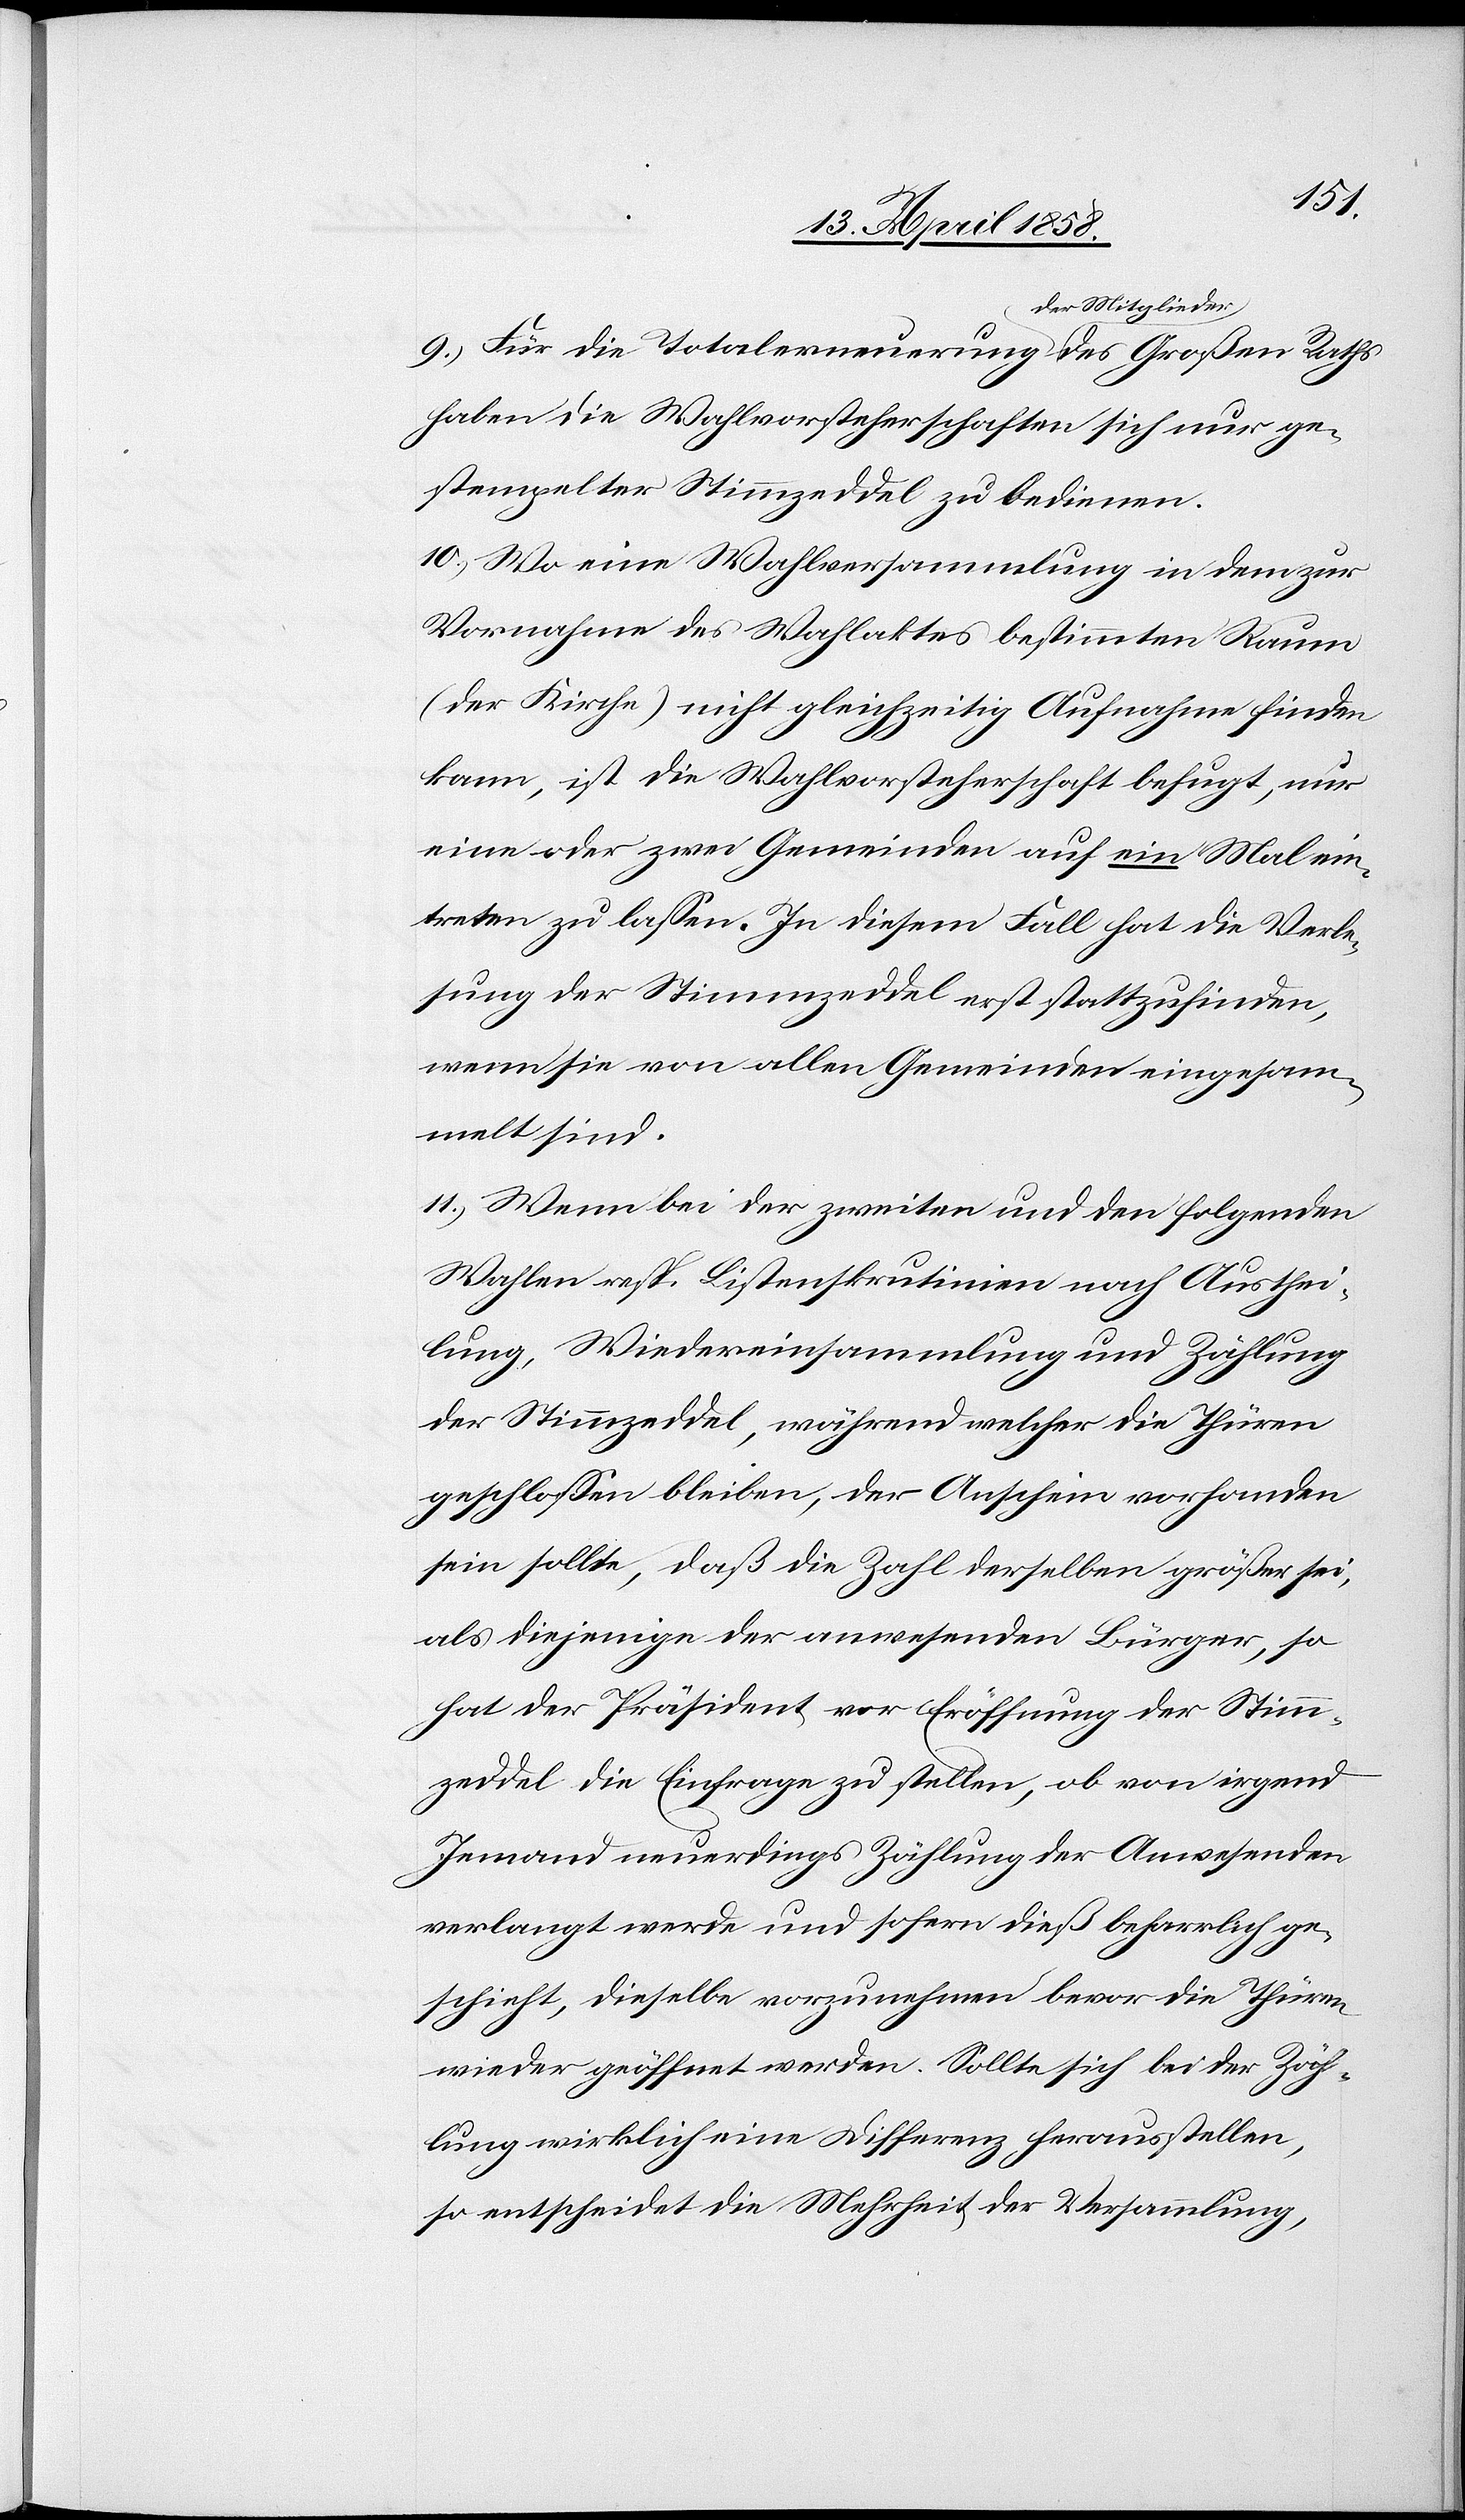
9. Für die Totalerneuerung der Mitglieder des
haben die Wahlvorsteherschaften sich nur ge¬
stempelter Stimmzeddel zu bedienen.
10. Wo eine Wahlversammlung in dem zur
Vornahme des Wahlaktes bestimmten Raum
(der Kirche) nicht gleichzeitig Aufnahme finden
kann, ist die Wahlvorsteherschaft befugt, nur
eine oder zwei Gemeinden auf ein Mal ein¬
treten zu lassen. In diesem Fall hat die Verle¬
sung der Stimmzeddel erst stattzufinden,
wenn sie von allen Gemeinden eingesam¬
melt sind.
11. Wenn bei der zweiten und den folgenden
Wahlen resp. Listenskrutinien nach Austhei¬
lung, Wiedereinsammlung und Zählung
der Stimmzeddel, während welcher die Thüren
geschlossen bleiben, der Anschein vorhanden
sein sollte, daß die Zahl derselben größer sei,
als diejenigen der anwesenden Bürger, so
hat der Präsident vor Eröffnung der Stimm¬
zeddel die Einfrage zu stellen, ob von irgend
Jemand neuerdings Zählung der Anwesenden
verlangt werde und sofern dieß beharrlich ge¬
schieht, dieselbe vorzunehmen bevor die Thüren
wieder geöffnet werden. Sollte sich bei der Zäh¬
lung wirklich eine Differenz herausstellen,
so entscheidet die Mehrheit der Versammlung